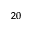
^ { 2 0 }